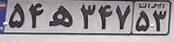
۵۴ه۳۴۷۵۳